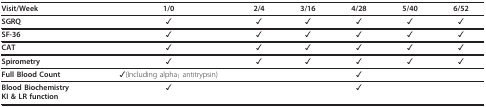
<table><thead><tr><td><b>Visit/Week</b></td><td><b>1/0</b></td><td><b>2/4</b></td><td><b>3/16</b></td><td><b>4/28</b></td><td><b>5/40</b></td><td><b>6/52</b></td></tr></thead><tbody><tr><td><b>SGRQ</b></td><td>✓</td><td>✓</td><td>✓</td><td>✓</td><td>✓</td><td>✓</td></tr><tr><td><b>SF-36</b></td><td>✓</td><td>✓</td><td>✓</td><td>✓</td><td>✓</td><td>✓</td></tr><tr><td><b>CAT</b></td><td>✓</td><td>✓</td><td>✓</td><td>✓</td><td>✓</td><td>✓</td></tr><tr><td><b>Spirometry</b></td><td>✓</td><td>✓</td><td>✓</td><td>✓</td><td>✓</td><td>✓</td></tr><tr><td><b>Full Blood Count</b></td><td>✓(Including alpha<sub>1 </sub>antitrypsin)</td><td></td><td></td><td>✓</td><td></td><td></td></tr><tr><td><b>Blood Biochemistry</b><b>KI &amp; LR function</b></td><td>✓</td><td></td><td></td><td>✓</td><td></td><td></td></tr></tbody></table>